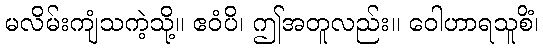
မလိမ်းကျံသကဲ့သို့။ ဧဝံပိ၊ ဤအတူလည်း။ ဝေါဟာရသူစိံ၊